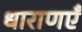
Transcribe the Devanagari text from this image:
धाराणएँ